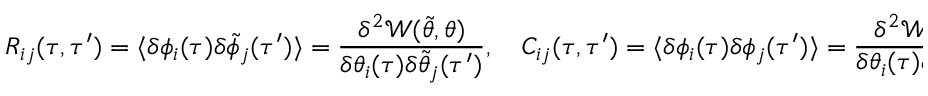
R _ { i j } ( \tau , \tau ^ { \prime } ) = \langle \delta \phi _ { i } ( \tau ) \delta \tilde { \phi } _ { j } ( \tau ^ { \prime } ) \rangle = \frac { \delta ^ { 2 } \mathcal { W } ( \tilde { \theta } , \theta ) } { \delta \theta _ { i } ( \tau ) \delta \tilde { \theta } _ { j } ( \tau ^ { \prime } ) } , \quad C _ { i j } ( \tau , \tau ^ { \prime } ) = \langle \delta \phi _ { i } ( \tau ) \delta \phi _ { j } ( \tau ^ { \prime } ) \rangle = \frac { \delta ^ { 2 } \mathcal { W } ( \tilde { \theta } , \theta ) } { \delta \theta _ { i } ( \tau ) \delta \theta _ { j } ( \tau ^ { \prime } ) }